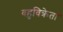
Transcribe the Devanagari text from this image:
बहुविक्रेता